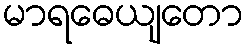
မာရဓေယျတော